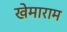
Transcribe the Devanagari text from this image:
खेमाराम